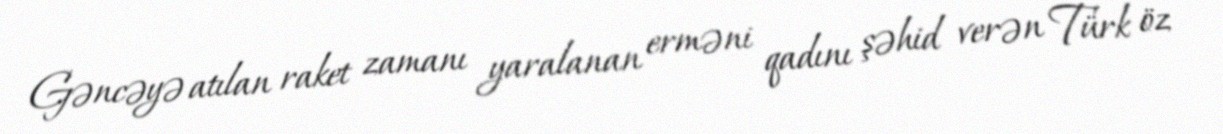
Gəncəyə atılan raket zamanı yaralanan erməni qadını şəhid verən Türk öz